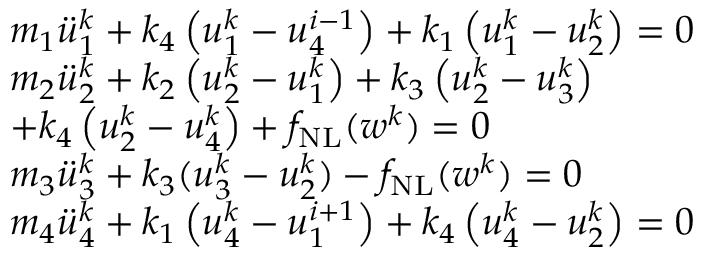
\begin{array} { r l } & { m _ { 1 } \ddot { u } _ { 1 } ^ { k } + k _ { 4 } \left( u _ { 1 } ^ { k } - u _ { 4 } ^ { i - 1 } \right) + k _ { 1 } \left( u _ { 1 } ^ { k } - u _ { 2 } ^ { k } \right) = 0 } \\ & { m _ { 2 } \ddot { u } _ { 2 } ^ { k } + k _ { 2 } \left( u _ { 2 } ^ { k } - u _ { 1 } ^ { k } \right) + k _ { 3 } \left( u _ { 2 } ^ { k } - u _ { 3 } ^ { k } \right) } \\ & { + k _ { 4 } \left( u _ { 2 } ^ { k } - u _ { 4 } ^ { k } \right) + f _ { \mathrm { N L } } ( w ^ { k } ) = 0 } \\ & { m _ { 3 } \ddot { u } _ { 3 } ^ { k } + k _ { 3 } ( u _ { 3 } ^ { k } - u _ { 2 } ^ { k } ) - f _ { \mathrm { N L } } ( w ^ { k } ) = 0 } \\ & { m _ { 4 } \ddot { u } _ { 4 } ^ { k } + k _ { 1 } \left( u _ { 4 } ^ { k } - u _ { 1 } ^ { i + 1 } \right) + k _ { 4 } \left( u _ { 4 } ^ { k } - u _ { 2 } ^ { k } \right) = 0 } \end{array}